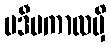
ပဒီပကာလမှိ